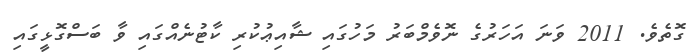
ގޮތެވެ. 2011 ވަނަ އަހަރުގެ ނޮވެމްބަރު މަހުގައި ޝާއިޢުކުރި ކާޓުނެއްގައި ވާ ބަސްގޮޅީގައި